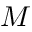
M _ { \sun }